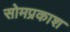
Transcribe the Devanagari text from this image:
सोमप्रकाश